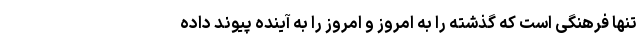
تنها فرهنگی است که گذشته را به امروز و امروز را به آینده پیوند داده